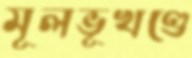
মূলভূখণ্ডে